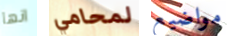
انها لمحامي مواضيع